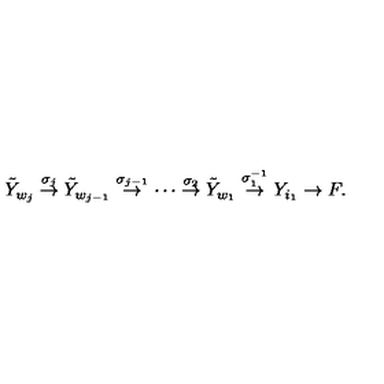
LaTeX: \tilde { Y } _ { w _ { j } } \stackrel { \sigma _ { j } } { \rightarrow } \tilde { Y } _ { w _ { j - 1 } } \stackrel { \sigma _ { j - 1 } } { \rightarrow } \cdots \stackrel { \sigma _ { 2 } } { \rightarrow } \tilde { Y } _ { w _ { 1 } } \stackrel { \sigma _ { 1 } ^ { - 1 } } { \rightarrow } Y _ { i _ { 1 } } \rightarrow F .